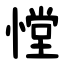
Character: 憆